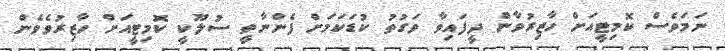
ނަަމަވެސް ކޮމިޓީއަށް ހާޒިރުވާން ދީފައިވާ ވަގުތު ކުޑަކަމަށް ފެންނާތީ ސުލޫކީ ކޮމިޓީއަށް ހާޒިރުވެވެން